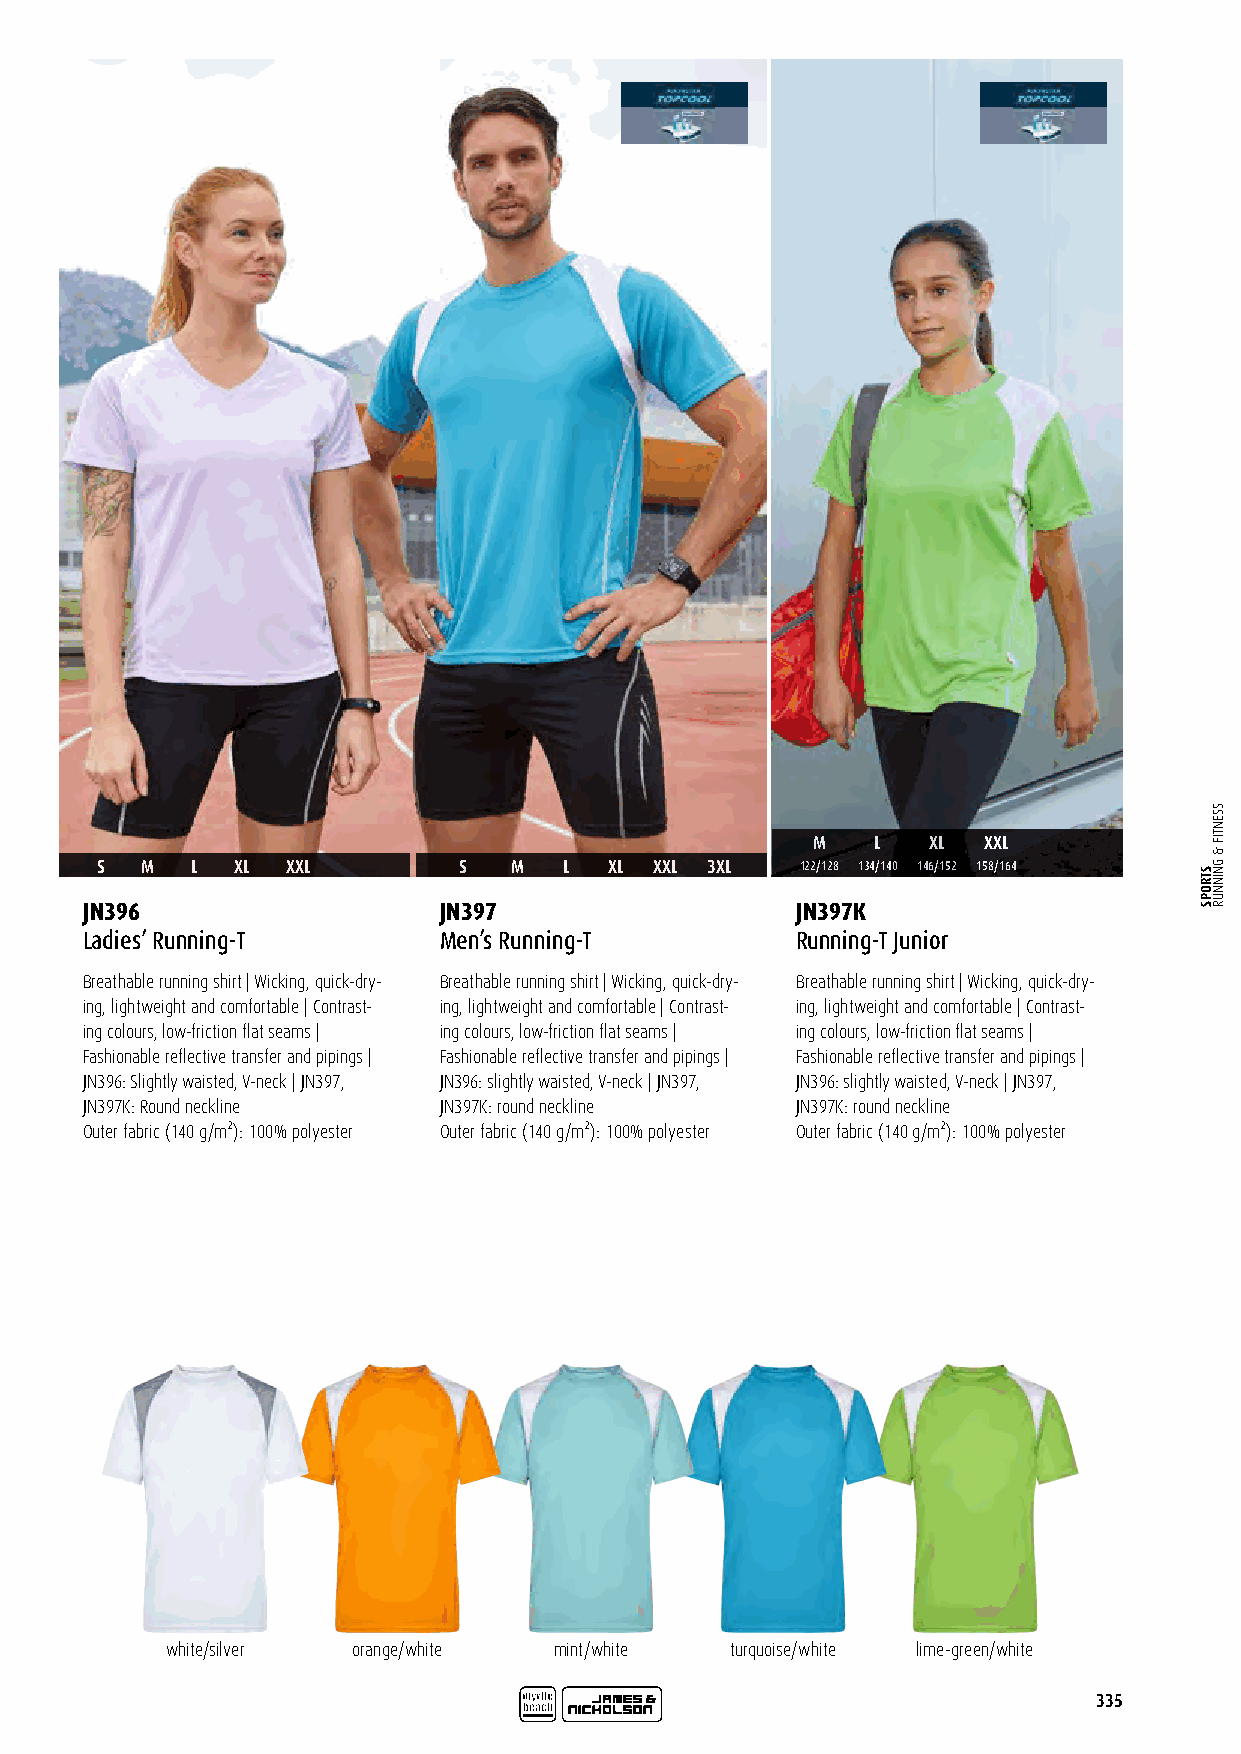
M   L   XL XXL
 S  M   L  XL XXL        S   M  L  XL XXL 3XL   122/128 134/140 146/152 158/164
 JN396                   JN397                   JN397K
 Ladies’ Running-T       Men’s Running-T         Running-T Junior
 Breathable running shirt | Wicking, quick-dry- Breathable running shirt | Wicking, quick-dry- Breathable running shirt | Wicking, quick-dry-
 ing, lightweight and comfortable | Contrast- ing, lightweight and comfortable | Contrast- ing, lightweight and comfortable | Contrast-
 ing colours, low-friction flat seams | ing colours, low-friction flat seams | ing colours, low-friction flat seams |
 Fashionable reflective transfer and pipings | Fashionable reflective transfer and pipings | Fashionable reflective transfer and pipings |
 JN396: Slightly waisted, V-neck | JN397, JN396: slightly waisted, V-neck | JN397, JN396: slightly waisted, V-neck | JN397,
 JN397K: Round neckline  JN397K: round neckline  JN397K: round neckline
 Outer fabric (140 g/m²): 100% polyester Outer fabric (140 g/m²): 100% polyester Outer fabric (140 g/m²): 100% polyester
 white/silver orange/white mint/white turquoise/white lime-green/white
 335
 STROPS
 SSENTIF
 &
 GNINNUR